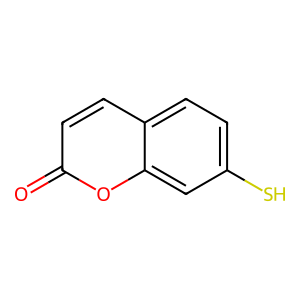
SMILES: O=c1ccc2ccc(S)cc2o1
Inhibits HIV replication: No